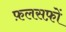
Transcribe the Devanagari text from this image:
फ़लसफ़ों